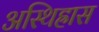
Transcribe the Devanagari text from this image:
अस्थिह्रास